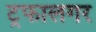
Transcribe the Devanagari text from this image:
ट्रफालगर